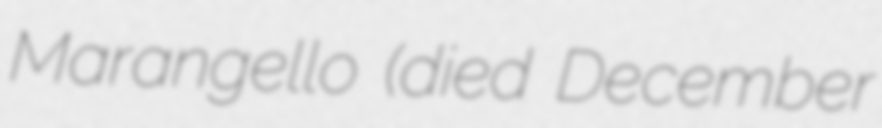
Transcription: Marangello (died December